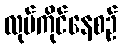
လုပ်ကိုင်နေစဉ်